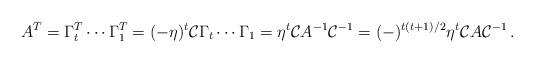
LaTeX: \begin{align*}A^T=\Gamma _t^T \cdots \Gamma _1^T= (-\eta )^t{\cal C}\Gamma _t\cdots\Gamma _1=\eta ^t{\cal C}A^{-1}{\cal C}^{-1}= (-)^{t(t+1)/2}\eta ^t {\cal C}A{\cal C}^{-1}\,.\end{align*}